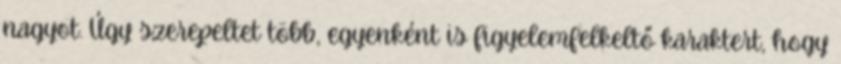
nagyot. Úgy szerepeltet több, egyenként is figyelemfelkeltő karaktert, hogy